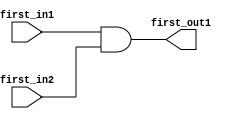
module first_module (
    input   wire    first_in1,
    input   wire    first_in2,
    output  wire    first_out1
);

assign  first_out1 = first_in1 & first_in2;

endmodule